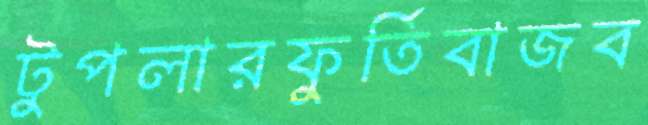
টুপলারফুর্তিবাজব